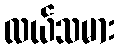
လယ်သမား